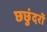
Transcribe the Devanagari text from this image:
छछुंदरों